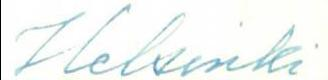
Helsinki